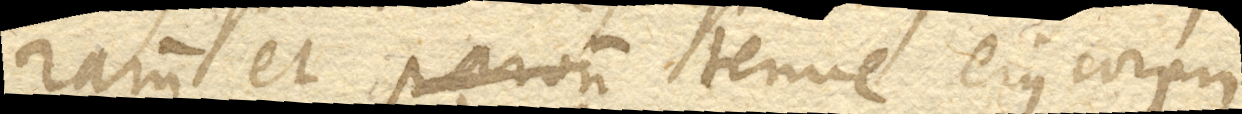
rarum et parvum tenue ejus corpus